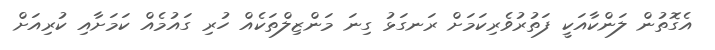
އެގޮތުން ލަންކާއަކީ ފަތުރުވެރިކަމަށް ރަނގަޅު ގިނަ މަންޒިލްތަކެއް ހުރި ގައުމެއް ކަމަށާއި ކުރިއަށް